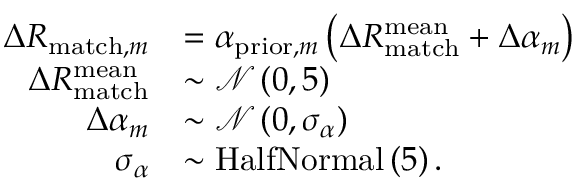
\begin{array} { r l } { \Delta R _ { \mathrm { m a t c h } , m } } & { = \alpha _ { \mathrm { p r i o r } , m } \left( \Delta R _ { \mathrm { m a t c h } } ^ { \mathrm { m e a n } } + \Delta \alpha _ { m } \right) } \\ { \Delta R _ { \mathrm { m a t c h } } ^ { \mathrm { m e a n } } } & { \sim \mathcal { N } \left( 0 , 5 \right) } \\ { \Delta \alpha _ { m } } & { \sim \mathcal { N } \left( 0 , \sigma _ { \alpha } \right) } \\ { \sigma _ { \alpha } } & { \sim \mathrm { H a l f N o r m a l } \left( 5 \right) . } \end{array}